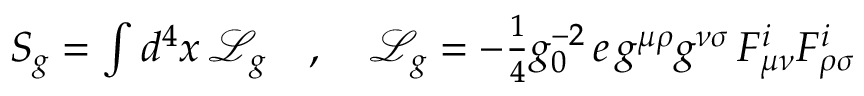
\begin{array} { r } { S _ { g } = \int d ^ { 4 } x \, \mathcal { L } _ { g } \quad , \quad \mathcal { L } _ { g } = - \frac { 1 } { 4 } g _ { 0 } ^ { - 2 } \, e \, g ^ { \mu \rho } g ^ { \nu \sigma } \, F _ { \mu \nu } ^ { i } F _ { \rho \sigma } ^ { i } } \end{array}